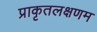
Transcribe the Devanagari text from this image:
प्राकृतलक्षणम